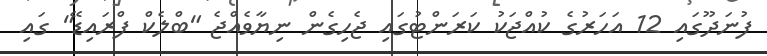
ފުނަދޫގައި 12 އަހަރުގެ ކުއްޖަކު ކަރަންޓުގައި ޖެހިގެން ނިޔާވެއްޖެ "ބްލެކް ފްރައިޑޭ" ގައި